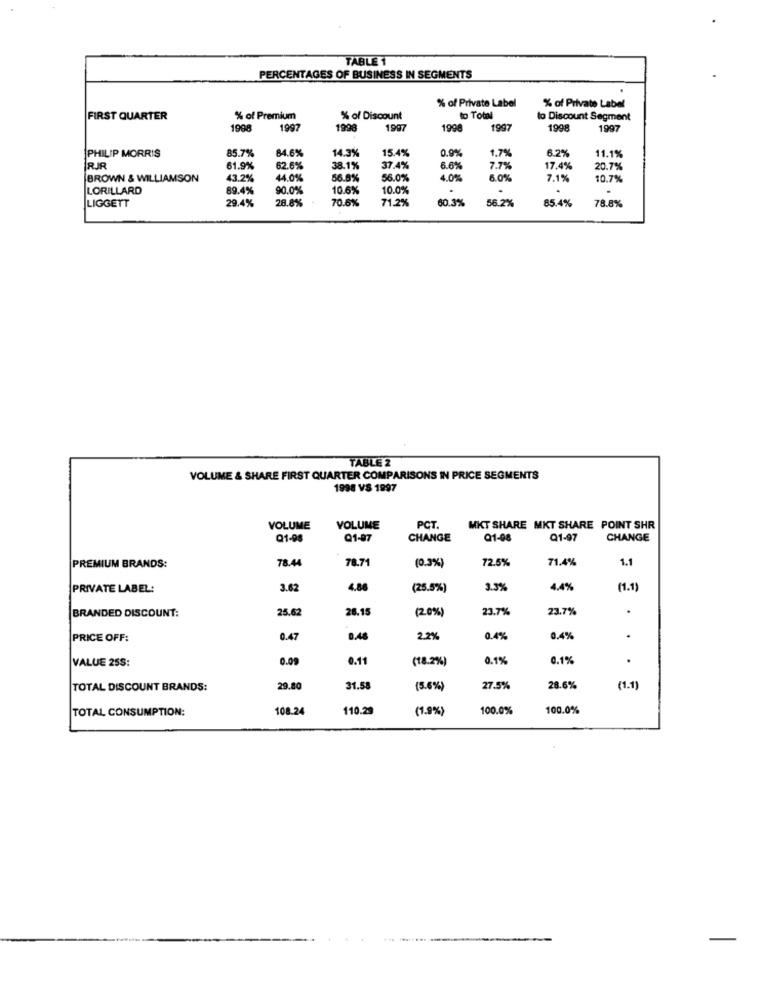
TABLE 1
PERCENTAGES OF BUSINESS IN SEGMENTS
% of Private Label
% of Private Label
FIRST QUARTER
% of Premium
% of Discount
to Total
to Discount Segment
1998
1997
1998
1997
1998
1997
1998
1997
PHILIP MORRIS
85.7%
84.6%
14.3%
15.4%
0.9%
1.79
6.2%
11.1%
RJR
61.9%
62.6%
38.1%
37.4%
6.6%
7.75
17.4%
20.7%
BROWN & WILLIAMSON
43.2%
44.0%
56.8%
56.0%
4.0%
7.1%
10.7%
LORILLARD
89.4%
90.0%
10.6%
10.09
.
LIGGETT
29.4%
28.8%
70.6%
71.2%
60.3%
56.2%
85.4%
78.8%
TABLE 2
VOLUME & SHARE FIRST QUARTER COMPARISONS IN PRICE SEGMENTS
1998 VS 1997
VOLUME
VOLUME
PCT.
MKT SHARE MKT SHARE POINT SHR
Q1-98
Q1-97
CHANGE
Q1-08
Q1-97
CHANGE
78.44
78.71
72.5%
71.4%
1.1
PREMIUM BRANDS:
(0.3%)
PRIVATE LABEL:
3.62
4.88
(25.5%)
3.5%
4.4%
(1.1
BRANDED DISCOUNT:
25.62
26.15
(20%)
23.7%
23.7%
.
PRICE OFF:
0.47
0.48
2.2%
0.4%
0.4%
.
VALUE 25S:
0.09
0.11
(18.2%)
0.1%
0.1%
.
TOTAL DISCOUNT BRANDS:
29.80
31.58
(5.6%)
27.5%
28.6%
(1.1
TOTAL CONSUMPTION:
108.24
110.29
(1.9%)
100.0%
100.0%